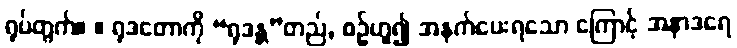
ရုပ်တွက်။ ။ ရုဒတောကို “ရုဒန္တ”တည်, စဉ်ဟူ၍ အနက်ပေးရသော ကြောင့် အနာဒရေ